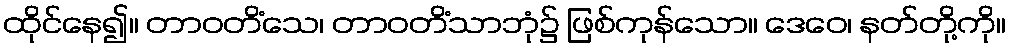
ထိုင်နေ၍။ တာဝတိံသေ၊ တာဝတိံသာဘုံ၌ ဖြစ်ကုန်သော။ ဒေဝေ၊ နတ်တို့ကို။